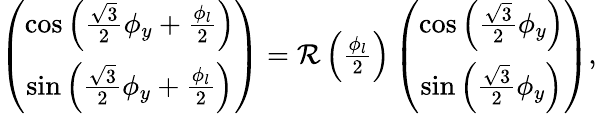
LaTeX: \begin{array}{r}{\left(\begin{array}{c}{\cos\left(\frac{\sqrt{3}}{2}\phi_{y}+\frac{\phi_{l}}{2}\right)}\\ {\sin\left(\frac{\sqrt{3}}{2}\phi_{y}+\frac{\phi_{l}}{2}\right)}\end{array}\right)={\mathcal R}\left(\frac{\phi_{l}}{2}\right)\left(\begin{array}{c}{\cos\left(\frac{\sqrt{3}}{2}\phi_{y}\right)}\\ {\sin\left(\frac{\sqrt{3}}{2}\phi_{y}\right)}\end{array}\right),}\end{array}